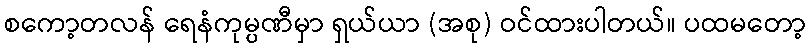
စကော့တလန် ရေနံကုမ္ပဏီမှာ ရှယ်ယာ (အစု) ဝင်ထားပါတယ်။ ပထမတော့